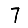
Digit: 7